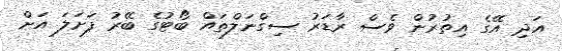
އަދި އޭގެ އިތުރުން ވެސް ރާޑަރު ސިގްނަލްތައް ބޯޓުގެ ބޭރު ފަށަލަ އަށް